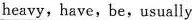
heavy,have,be,usually